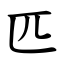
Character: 匹